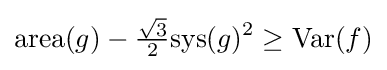
\mathrm {area} (g)-{\tfrac {\sqrt {3}}{2}}\mathrm {sys} (g)^{2}\geq \mathrm {Var} (f)